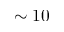
\sim 1 0